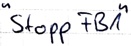
Text: "Stopp FB1"